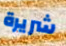
شريرة